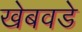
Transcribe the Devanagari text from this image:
खेबवडे